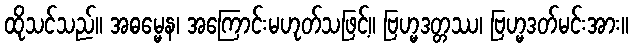
ထိုသင်သည်။ အဓမ္မေန၊ အကြောင်းမဟုတ်သဖြင့်။ ဗြဟ္မဒတ္တဿ၊ ဗြဟ္မဒတ်မင်းအား။